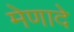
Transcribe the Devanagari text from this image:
मेणादे